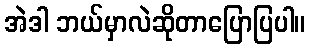
အဲဒါ ဘယ်မှာလဲဆိုတာပြောပြပါ။